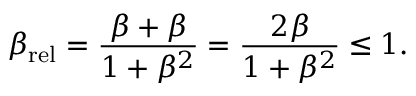
\beta _ { \mathrm { r e l } } = { \frac { \beta + \beta } { 1 + \beta ^ { 2 } } } = { \frac { 2 \beta } { 1 + \beta ^ { 2 } } } \leq 1 .